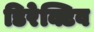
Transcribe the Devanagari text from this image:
डिरेक्टिव